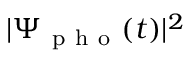
| \Psi _ { \mathrm { ~ p ~ h ~ o ~ } } ( t ) | ^ { 2 }